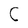
Character: C